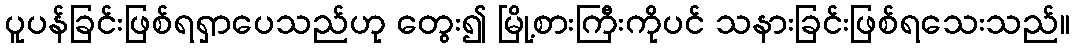
ပူပန်ခြင်းဖြစ်ရရှာပေသည်ဟု တွေး၍ မြို့စားကြီးကိုပင် သနားခြင်းဖြစ်ရသေးသည်။